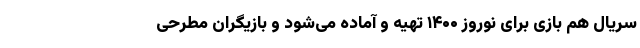
سریال هم بازی برای نوروز ۱۴۰۰ تهیه و آماده می‌شود و بازیگران مطرحی